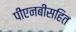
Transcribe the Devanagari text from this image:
पीएनबीसहित